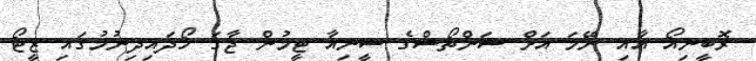
ރޮބީނިއޯ އާއި ނޭމަ އަށް ސަންތޯސްގެ ސީނިއާ ޓީމުން ޖާގަ ހޯދައިދިނުމުގައި ޒީޓޯ